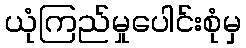
ယုံကြည်မှုပေါင်းစုံမှ